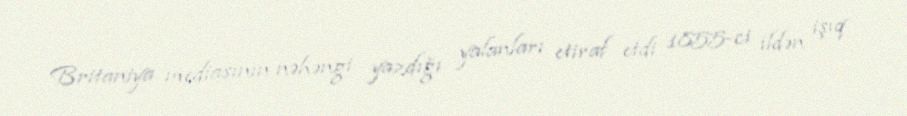
Britaniya mediasının nəhəngi yazdığı yalanları etiraf etdi 1855-ci ildən işıq